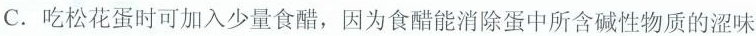
C.吃松花蛋时可加入少量食醋，因为食醋能消除蛋中所含碱性物质的涩味